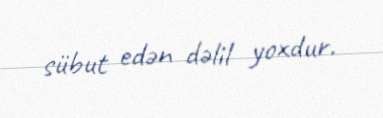
sübut edən dəlil yoxdur.